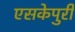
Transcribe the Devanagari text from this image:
एसकेपुरी